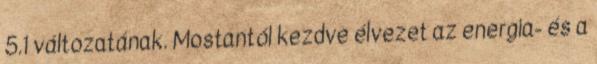
5.1 változatának. Mostantól kezdve élvezet az energia- és a